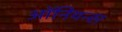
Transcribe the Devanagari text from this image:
ऑनियन्स